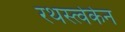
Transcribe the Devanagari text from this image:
रथस्त्वेकेन